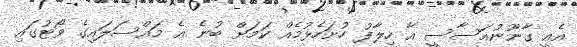
އެއީ ގާނޫނުއަސާސީ އާ ހިލާފު ހުށަހެޅުމެއް ކަމަށް ބުނެ އެ މައްސަލައިގެ ވޯޓުގައި